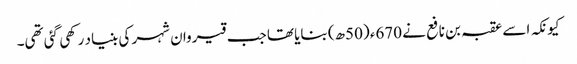
کیونکہ اسے عقبہ بن نافع نے 670ء (50ھ) بنایا تھا جب قیروان شہر کی بنیاد رکھی گئی تھی۔